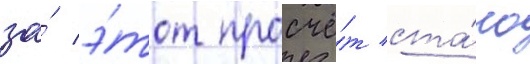
за́ э́тот просчё́т ста́ло